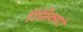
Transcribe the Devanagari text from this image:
रिमिक्सरों